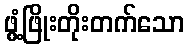
ဖွံ့ဖြိုးတိုးတက်သော